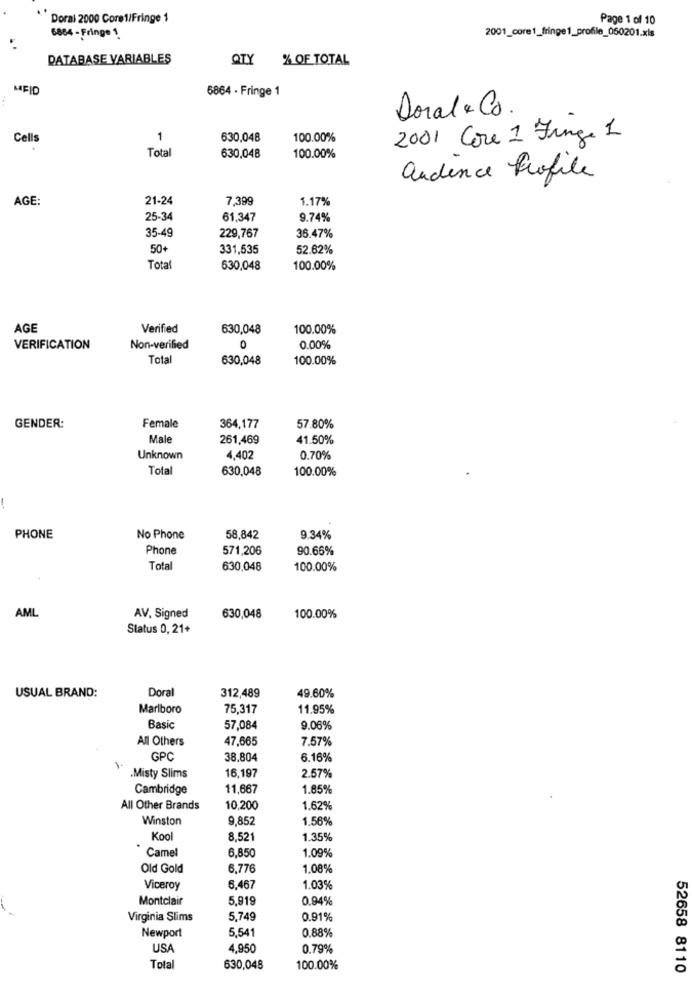
Doral 2000 Core1/Fringe 1
Page 1 of 10
2001_core1_fringe1_profile_050201.xls
6884 - Fringe 1
DATABASE VARIABLES
QTY % OF TOTAL
MEID
6864 - Fringe 1
Doral & Co.
Cells
1
630,048
100.00%
2001 Core 1 Finge 1
Total
630,048
100.00%
audience Profile
AGE:
21-24
7,399
1.17%
25-34
61,347
9.74%
35-49
229,767
36.47%
50+
331,535
52.62%
Total
630,048
100.00%
AGE
Verified
630,048
100.00%
VERIFICATION
Non-verified
0
0.00%
Total
630,048
100.00%
GENDER:
Female
364,177
57.80%
Male
261,469
41.50%
Unknown
4,402
0.70%
Total
630,048
100.00%
PHONE
No Phone
58,842
9.34%
Phone
571,206
90.66%
Total
630,048
100.00%
AML
AV, Signed
630,048
100.00%
Status 0, 21+
Doral
49.60%
USUAL BRAND:
312,489
Marlboro
75,317
11.95%
Basic
57,084
9.06%
All Others
47,665
7.57%
GPC
38,804
6.16%
.Misty Slims
16,197
2.57%
Cambridge
11,667
1.85%
All Other Brands
10,200
1.62%
Winston
9,852
1.56%
Kool
8,521
1.35%
Camel
6,850
1.09%
Old Gold
6.776
1.08%
Viceroy
6.467
1.03%
Montclair
5,919
0.94%
Virginia Slims
5,749
0.91%
Newport
5,541
0.88%
USA
4,950
0.79%
Total
630,048
100.00%
52658 8110